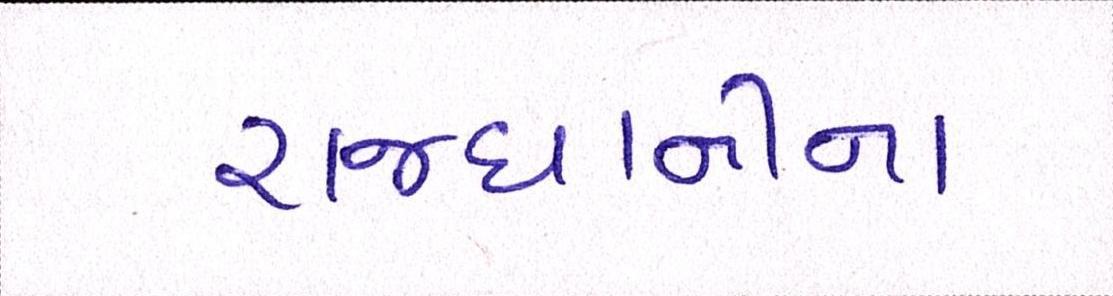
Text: રાજધાનીના